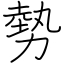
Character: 勢